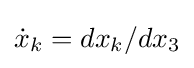
{\dot {x}}_{k}=dx_{k}/dx_{3}